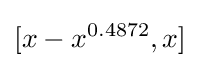
[x-x^{0.4872},x]